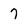
Character: 7